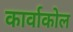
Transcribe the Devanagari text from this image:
कार्वाकोल